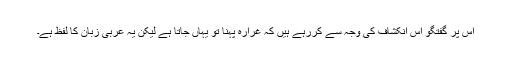
اس پر گفتگو اس انکشاف کی وجہ سے کررہے ہیں کہ غرارہ پہنا تو یہاں جاتا ہے لیکن یہ عربی زبان کا لفظ ہے۔